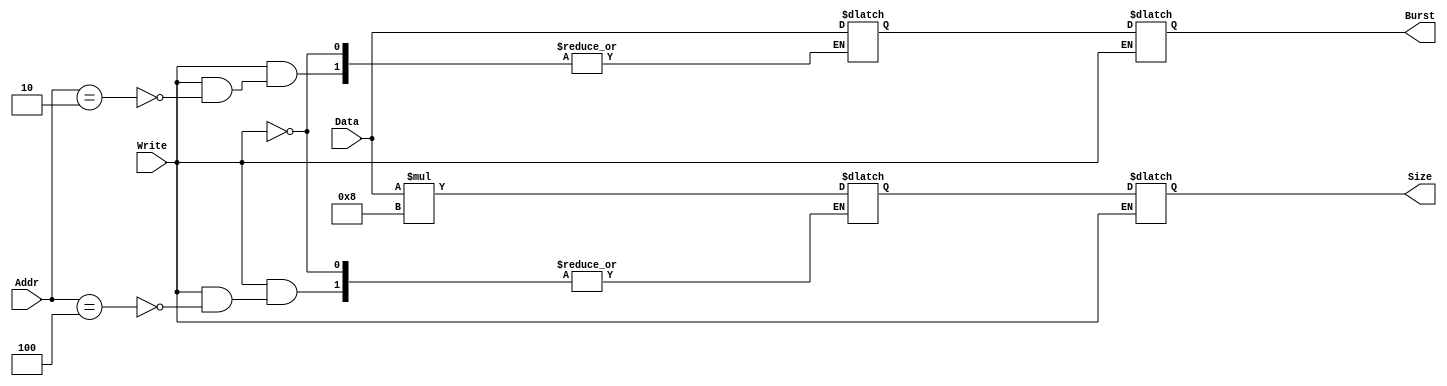
module TxControl(Addr,Data,Write,Size,Burst);
  input[3:0] Addr;
  input[31:0] Data;
  input Write;
  output[31:0] Burst;
  output[31:0] Size; 
  reg[31:0] Burst;
  reg[31:0] Size;
  reg[31:0] SizeReg;
  reg[31:0] BurstReg;
  
  always@(*)
  begin
    if(Write==1)
      begin
        if(Addr==4'b0010)
          begin
            BurstReg = Data;
          end
          
          if(Addr==4'b0100)
          begin
            SizeReg = Data * 8;
          end

           
      end
      
    else if(Write==0)
      begin
        Burst = BurstReg;
        Size = SizeReg;
      end

      end 
 endmodule